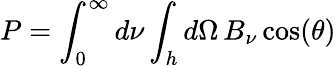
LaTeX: P=\int_{0}^{\infty}d\nu\int_{h}d\Omega\, B_{\nu}\cos(\theta)